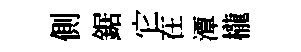
側鋸它在潭櫳